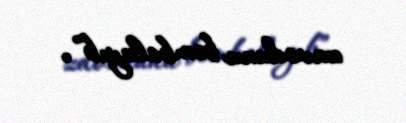
zavodunu bombalayıb”.